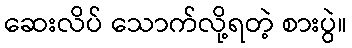
ဆေးလိပ် သောက်လို့ရတဲ့ စားပွဲ။